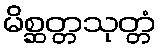
မိစ္ဆတ္တသုတ္တံ